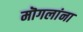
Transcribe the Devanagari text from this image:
मॊगलांना